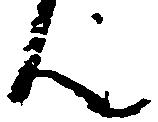
ん